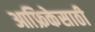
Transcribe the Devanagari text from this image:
आफ्रिकेसाठी